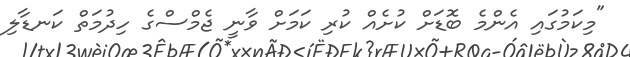
"މިކަމުގައި އެންމެ ބޮޑަށް ކުށެއް ކުރި ކަމަށް ވާނީ ޖެމްސްގެ ހިދުމަތް ކަނޑާލި